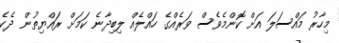
މިހާރު މައްސަލަ އަށް ކޮންމެވެސް ވަރެއްގެ ހައްލެއް ލިބިދާނެ ކަމަށް ރައްޔިތުން ދެކެ